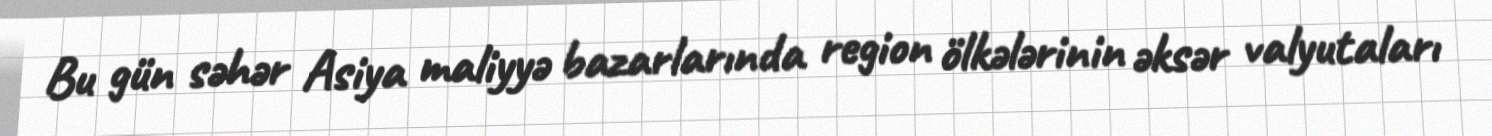
Bu gün səhər Asiya maliyyə bazarlarında region ölkələrinin əksər valyutaları